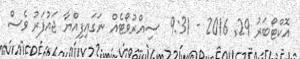
އޮކްޓޯބަރު 29